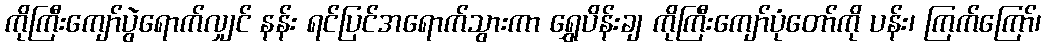
ကိုကြီးကျော်ပွဲရောက်လျှင် နန်း ရင်ပြင်အရောက်သွားကာ ရွှေပိန်းချ ကိုကြီးကျော်ပုံတော်ကို ပန်း၊ ကြက်ကြော်၊